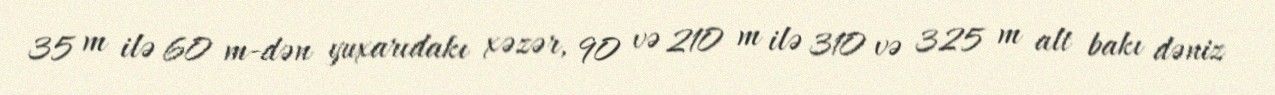
35 m ilə 60 m-dən yuxarıdakı xəzər, 90 və 210 m ilə 310 və 325 m alt bakı dəniz